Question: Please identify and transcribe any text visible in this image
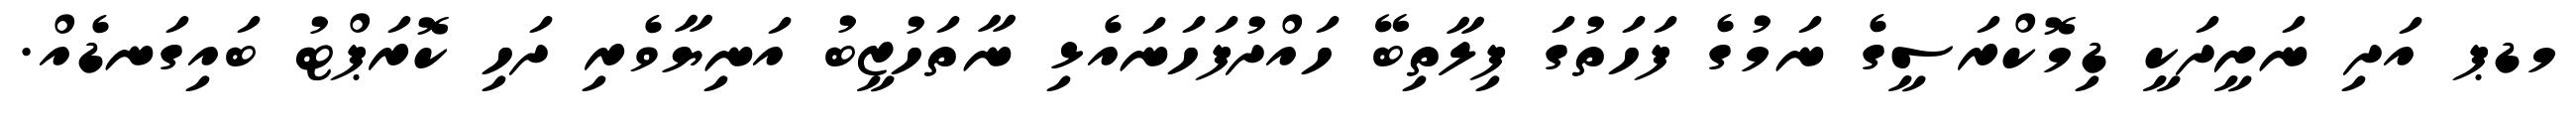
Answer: މޑޕ އަދި ނަށީދަކީ ޑިމޮކްރަސީގެ ނަމުގެ ފަހަތުގަ ފިލާތިބޭ ހައްދުފަހަނައެޅި ނާތަހުޒީބު އަނިޔާވެރި ދަހި ކޮރަޕްޓު ބައިގަނޑެއް.